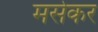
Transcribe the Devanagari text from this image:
मसेकर